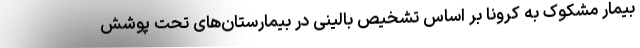
بیمار مشکوک به کرونا بر اساس تشخیص بالینی در بیمارستان‌های تحت پوشش